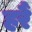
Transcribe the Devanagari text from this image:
हरैं